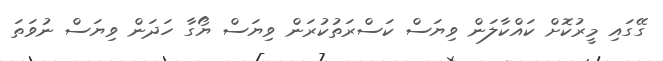
ގޭގައި މީރުކޮށް ކައްކާލަން ވިޔަސް ކަސްރަތުކުރަން ވިޔަސް ޔޯގާ ހަދަން ވިޔަސް ނުވަތަ